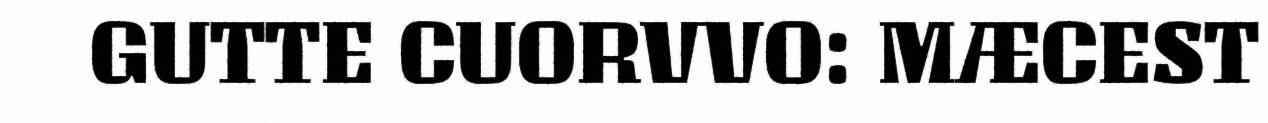
GUTTE CUORVVO: MÆCEST